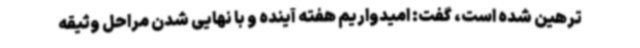
ترهین شده است، گفت: امیدواریم هفته آینده و با نهایی شدن مراحل وثیقه